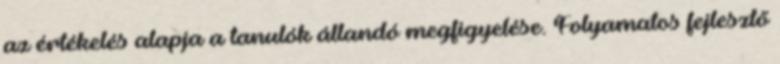
az értékelés alapja a tanulók állandó megfigyelése. Folyamatos fejlesztő